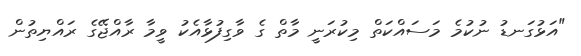
"އަޅުގަނޑު ނުކުމެ މަސައްކަތް މިކުރަނީ މާތް ގެ ވާގިފުޅާއެކު ވީމާ ރާއްޖޭގެ ރައްޔިތުން